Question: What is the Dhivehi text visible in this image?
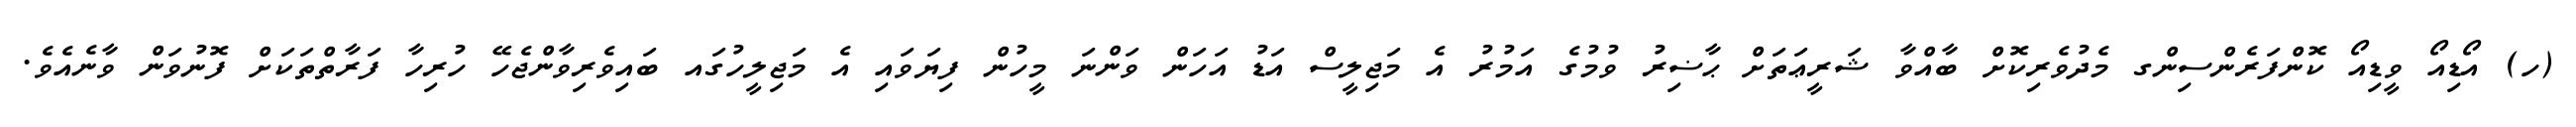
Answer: (ހ) އޯޑިއޯ ވީޑިއޯ ކޮންފަރެންސިންގ މެދުވެރިކޮށް ބާއްވާ ޝަރީޢަތަށް ޙާޟިރު ވުމުގެ އަމުރު އެ މަޖިލީސް އަޑު އަހަން ވަންނަ މީހުން ފިޔަވައި އެ މަޖިލީހުގައ ބައިވެރިވާންޖެހޭ ހުރިހާ ފަރާތްތަކަށް ފޮނުވަން ވާނެއެވެ.